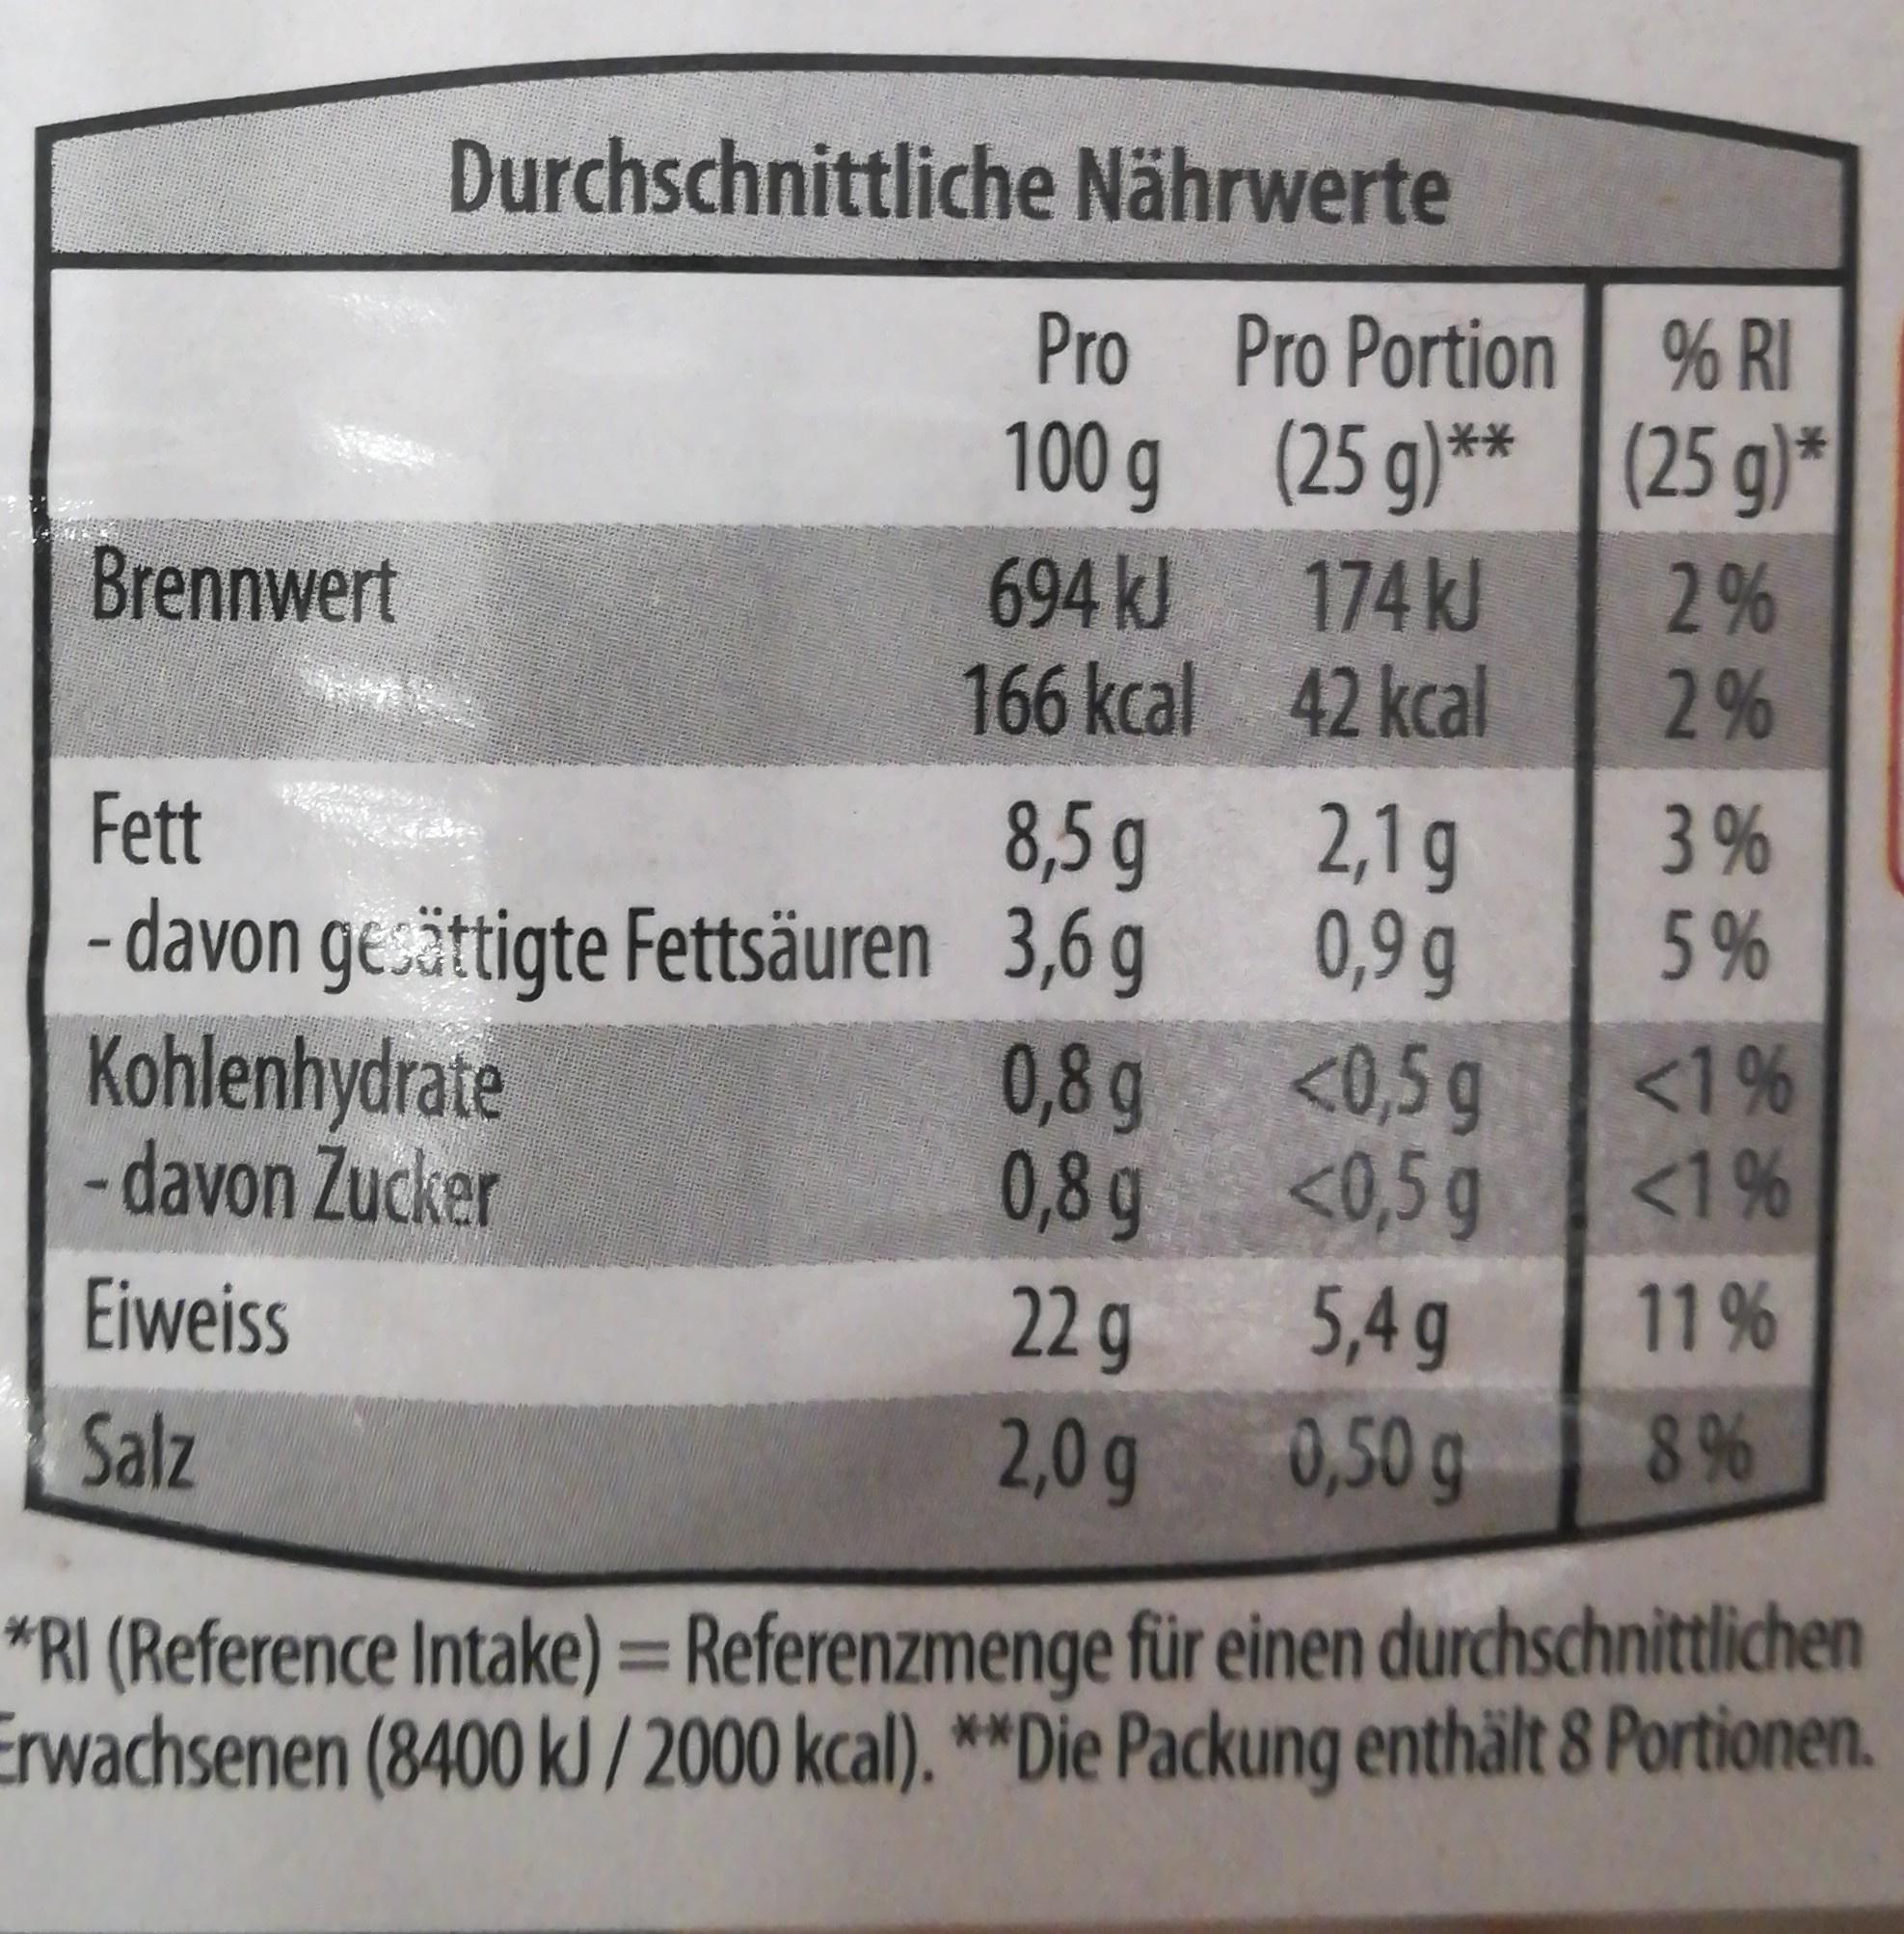
Durchschnittliche Nährwerte
Pro Pro Portion % RI 100 g (25 g)** |(25 g)*
Brennwert
694 kJ 174 kJ 166kcal 42 kcal
2% 2%
Fett
8,5 g - davon gecättigte Fettsäuren 3,6 g 0,8g 0,8g
2,1g 0,9 g
3 % 5%
Kohlenhydrate - davon Zucker
<0,5g <0,5g
<1% <1%
Eiweiss
22g
5,4g
11 %
Salz
2,0g
0,50 g
8%6
*RI (Reference Intake) = Referenzmenge für einen durchschnittlichen Erwachsenen (8400 kJ/ 2000 kcal). **Die Packung enthält 8 Portionen.